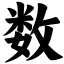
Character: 数